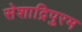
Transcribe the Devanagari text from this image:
सेशाद्रिपुरम